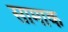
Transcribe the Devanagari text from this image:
सामाक